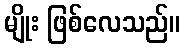
မျိုး ဖြစ်လေသည်။